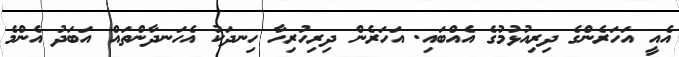
އެއީ އަހަރެންގެ ދިރިއުޅުމުގެ އެއްބައި. އަހަރެން ދިރިހުރިހާ ހިނދަކު އެހަނދާންތައް އަބަދު އެންމެ